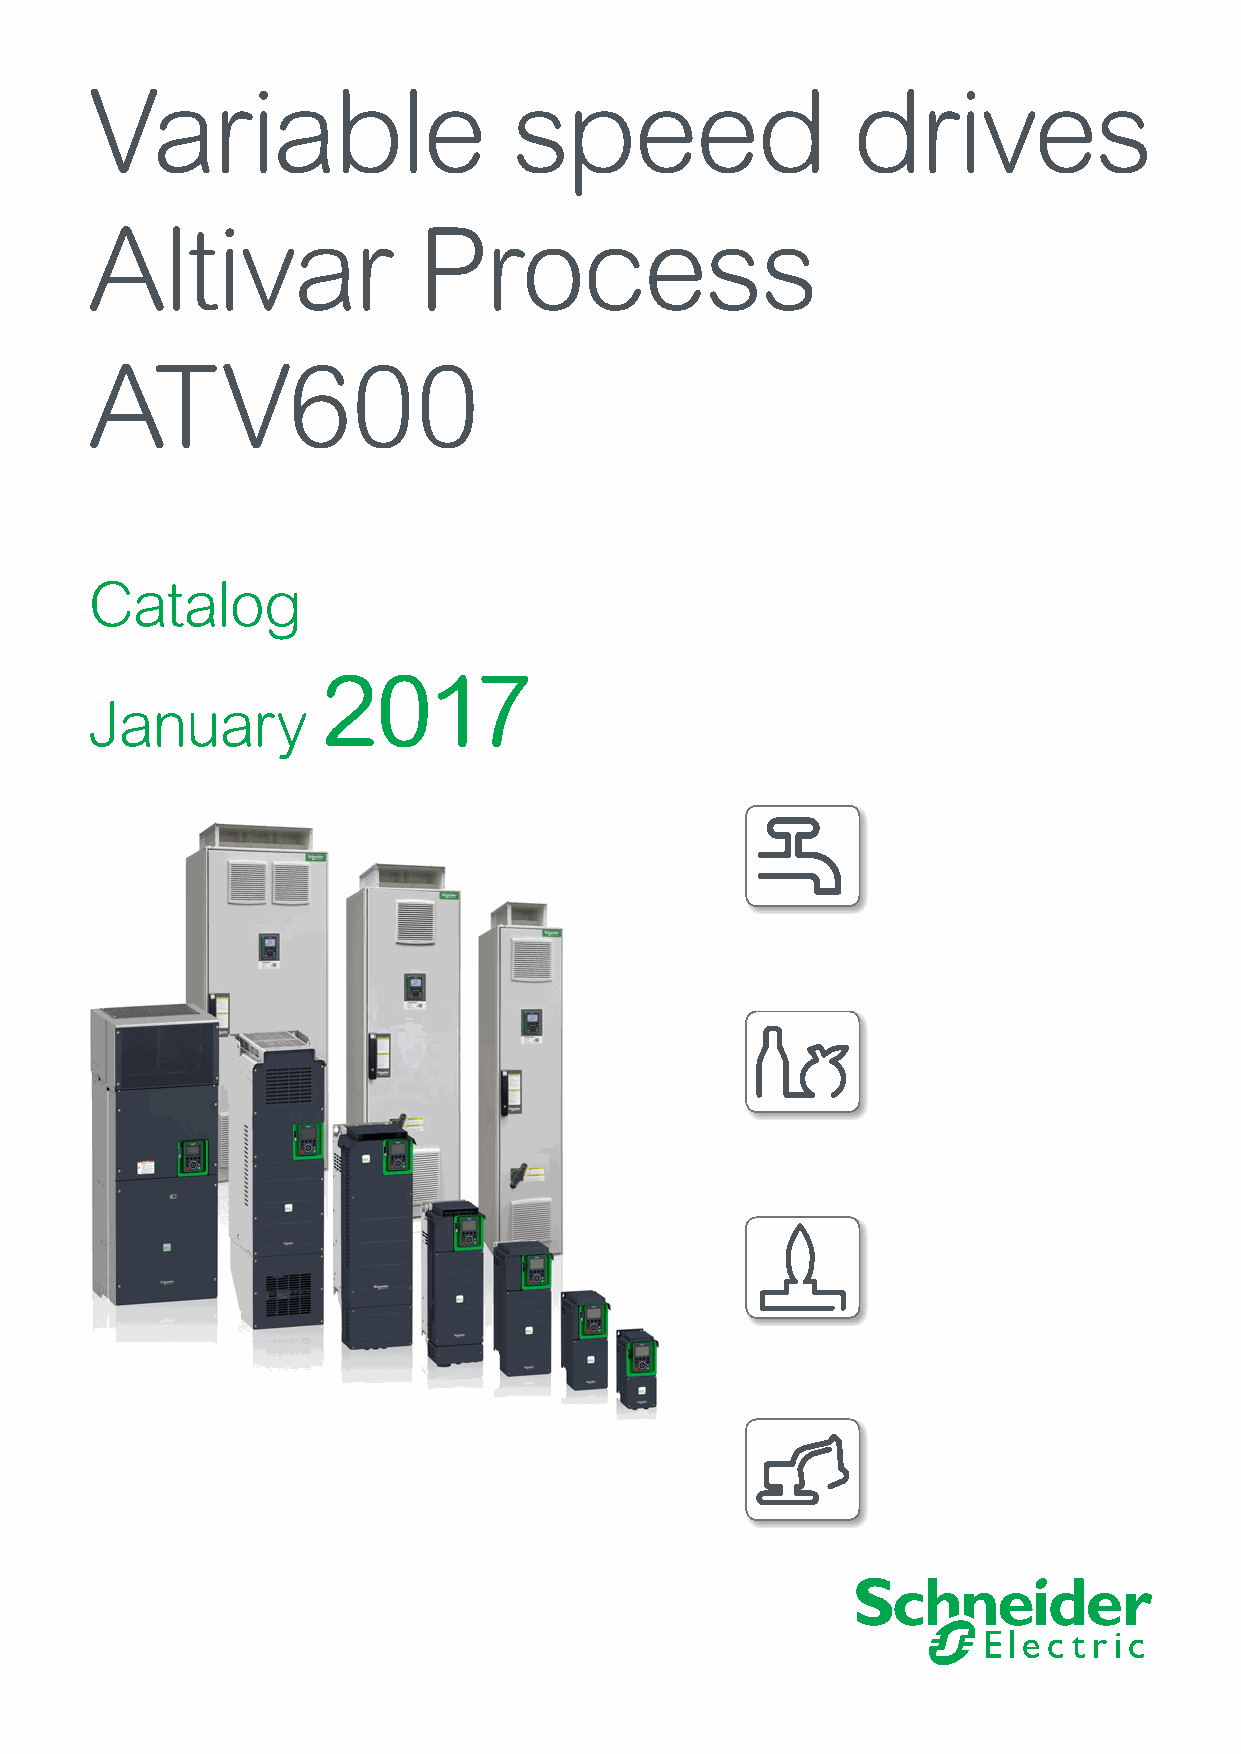
Variable                    speed                 drives
 Altivar               Process
 ATV600
 Catalog
 2017
 January